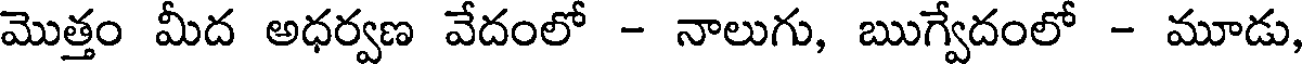
మొత్తం మీద అధర్వణ వేదంలో - నాలుగు, ఋగ్వేదంలో - మూడు,